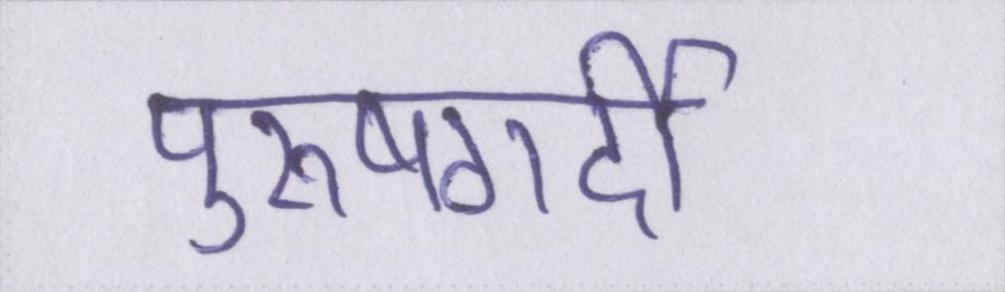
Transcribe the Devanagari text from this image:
पुरूषगर्दी